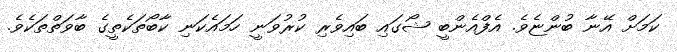
ކަމަށް އޭނާ ބުންޏެވެ. އެފްއެންބީ ޝޯގައި ބައިވެރި ކުރުވަނީ ހަމައެކަނި ކާބޯތަކެތީގެ ބާވަތްތަކެވެ.